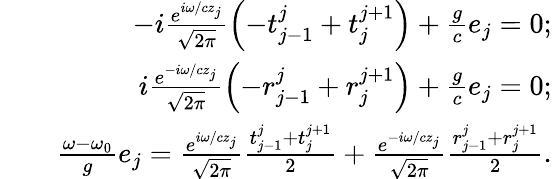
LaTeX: \begin{array}{rlr}&{}&{-i\frac{{{e^{i{\omega/c}{z_{j}}}}}}{{\sqrt{2\pi}}}\left({-{t_{j-1}^{j}}+{t_{j}^{j+1}}}\right)+\frac{g}{c}{e_{j}}=0;}\\ &{}&{i\frac{{{e^{-i{\omega/c}{z_{j}}}}}}{{\sqrt{2\pi}}}\left({-{r_{j-1}^{j}}+{r_{j}^{j+1}}}\right)+\frac{g}{c}{e_{j}}=0;}\\ &{}&{\frac{{\omega}-{\omega_{0}}}{g}{e_{j}}={\frac{{{e^{i{\omega/c}{z_{j}}}}}}{{\sqrt{2\pi}}}\frac{{{t_{j-1}^{j}}+t_{j}^{j+1}}}{2}+\frac{{{e^{-i{\omega/c}{z_{j}}}}}}{{\sqrt{2\pi}}}\frac{{{r_{j-1}^{j}}+r_{j}^{j+1}}}{2}}.}\end{array}